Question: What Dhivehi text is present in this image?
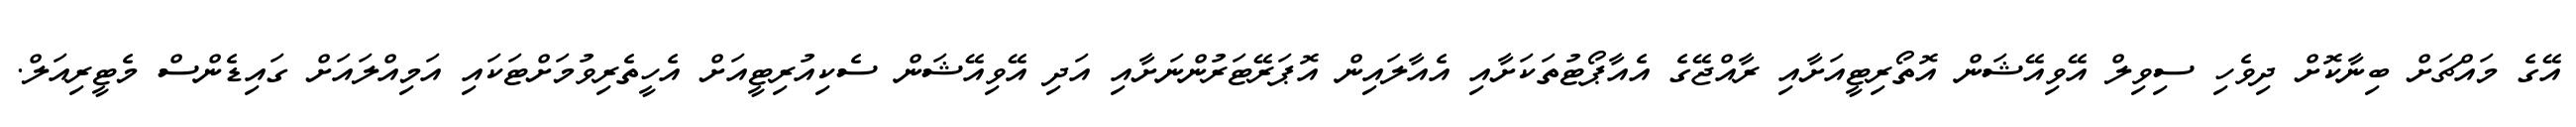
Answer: އޭގެ މައްޗަށް ބިނާކޮށް ދިވެހި ސިވިލް އޭވިއޭޝަން އޮތޯރިޓީއަށާއި ރާއްޖޭގެ އެއާޕޯޓުތަކަށާއި އެއާލައިން އޮޕަރޭޓަރުންނަށާއި އަދި އޭވިއޭޝަން ސެކިއުރިޓީއަށް އެހީތެރިވުމަށްޓަކައި އަމިއްލައަށް ގައިޑެންސް މެޓީރިއަލް.